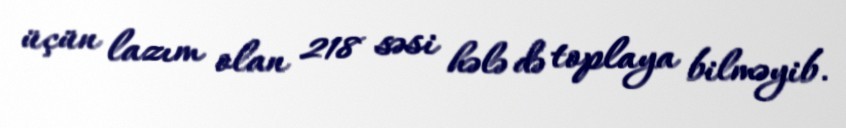
üçün lazım olan 218 səsi hələ də toplaya bilməyib.